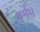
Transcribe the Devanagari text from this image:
धर्मम